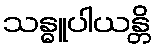
သန္ဓူပါယန္တိ